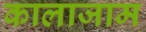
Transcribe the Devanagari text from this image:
कालाजाम